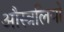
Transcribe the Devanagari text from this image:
औस्त्रलियो